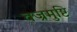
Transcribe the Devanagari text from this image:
वज्रमुष्टि